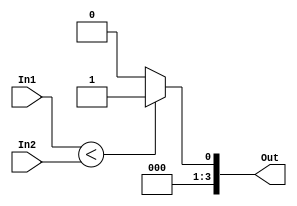
module SetLessThan(In1, In2, Out);
    parameter n = 4;
    input signed [n - 1 : 0] In1, In2;
    output signed [n - 1 : 0] Out;
    assign Out = In1 < In2 ? 1 : 0;
endmodule